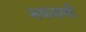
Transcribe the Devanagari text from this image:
नयनासी